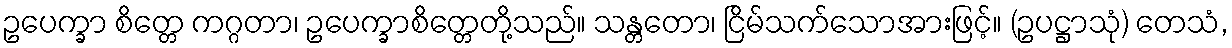
ဥပေက္ခာ စိတ္တေ ကဂ္ဂတာ၊ ဥပေက္ခာစိတ္တေတို့သည်။ သန္တတော၊ ငြိမ်သက်သောအားဖြင့်။ (ဥပဋ္ဌာသုံ) တေသံ,